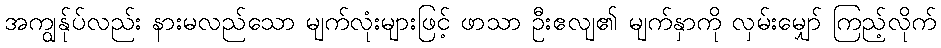
အကျွန်ုပ်လည်း နားမလည်သော မျက်လုံးများဖြင့် ဖာသာ ဦးဧလျ၏ မျက်နှာကို လှမ်းမျှော် ကြည့်လိုက်